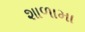
શાળામા